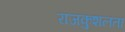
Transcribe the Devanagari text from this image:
राजकुशलता